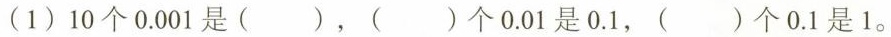
(1) 10 个 0.001 是 ( )，( ) 个 0.01 是 0.1，( ) 个 0.1 是 1。